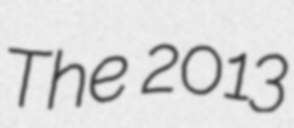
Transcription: The 2013